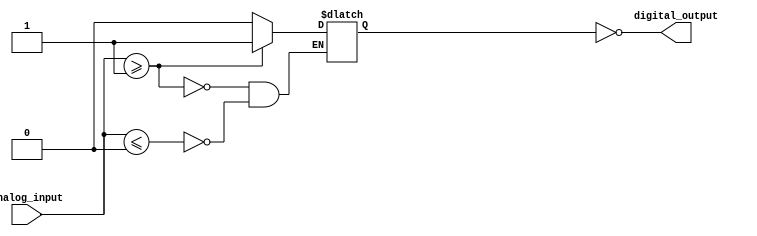
module schmitt_trigger_inverter (
    input wire analog_input,
    output reg digital_output
);

// Parameters for threshold voltages
parameter VTH_HIGH = 1;
parameter VTH_LOW = 0;

// Feedback resistor value
parameter R_FEEDBACK = 1;

// Internal signals
reg feedback;
reg feedback_bar;

// Comparator block
always @* begin
    if (analog_input >= VTH_HIGH) begin
        feedback <= 1;
    end else if (analog_input <= VTH_LOW) begin
        feedback <= 0;
    end
end

// Feedback resistor network
assign feedback_bar = ~feedback;
assign digital_output = feedback_bar;

endmodule